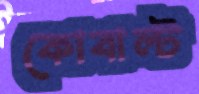
কোবাল্ট